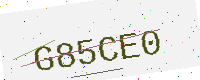
Text: G85CE0